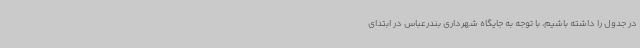
در جدول را داشته باشیم، با توجه به جایگاه شهرداری بندرعباس در ابتدای